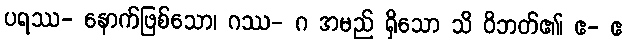
ပရဿ- နောက်ဖြစ်သော၊ ဂဿ- ဂ အမည် ရှိသော သိ ဝိဘတ်၏၊ ဧ- ဧ